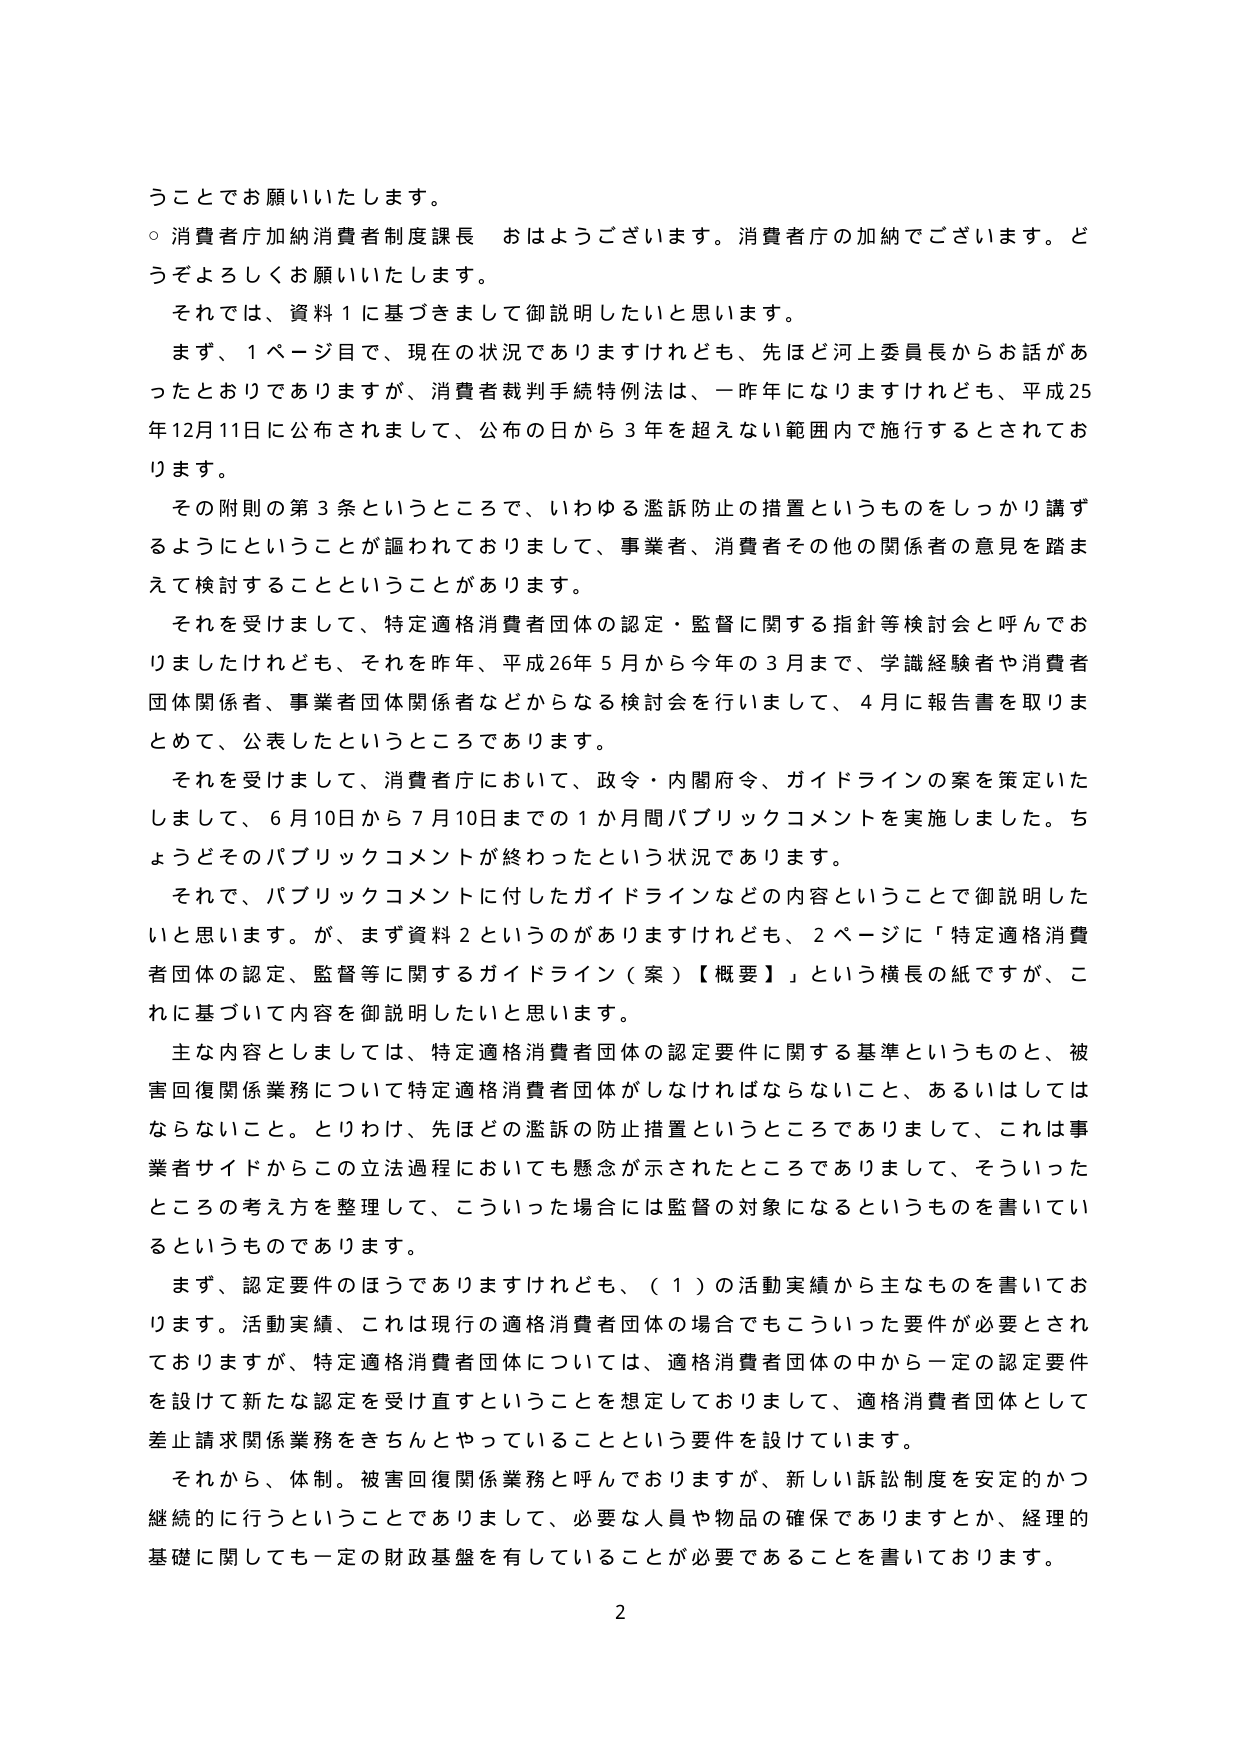
うことでお願いいたします。

○ 消費者庁加納消費者制度課長 おはようございます。消費者庁の加納でございます。どうぞよろしくお願いいたします。

それでは、資料１に基づきまして御説明したいと思います。

まず、１ページ目で、現在の状況でありますけれども、先ほど河上委員長からお話があったとおりでありますが、消費者裁判手続特例法は、一昨年になりますけれども、平成25年12月11日に公布されまして、公布の日から３年を超えない範囲内で施行するとされております。

その附則の第３条というところで、いわゆる濫訴防止の措置というものをしっかり講ずるようにということが謳われておりまして、事業者、消費者その他の関係者の意見を踏まえて検討することということがあります。

それを受けまして、特定適格消費者団体の認定・監督に関する指針等検討会と呼んでおりましたけれども、それを昨年、平成26年５月から今年の３月まで、学識経験者や消費者団体関係者、事業者団体関係者などからなる検討会を行いまして、４月に報告書を取りまとめて、公表したというところであります。

それを受けまして、消費者庁において、政令・内閣府令、ガイドラインの案を策定いたしまして、６月10日から７月10日までの１か月間パブリックコメントを実施しました。ちょうどそのパブリックコメントが終わったという状況であります。

それでは、パブリックコメントに付したガイドラインなどの内容ということで御説明したいと思います。が、まず資料２というのがありますけれども、２ページに「特定適格消費者団体の認定、監督等に関するガイドライン（案）【概要】」という横長の紙ですが、これに基づいて内容を御説明したいと思います。

主な内容としましては、特定適格消費者団体の認定要件に関する基準というもののと、被害回復関係業務について特定適格消費者団体がしなければならないこと、あるいはしてはならないこと。とりわけ、先ほどの濫訴の防止措置というところでありますして、これは事業者サイドからこの立法過程においても懸念が示されたところでありまして、そういったところの考え方を整理して、こういった場合には監督の対象になるというものを書いてい るというものであります。

まず、認定要件のほうでありますけれども、（１）の活動実績から主なものを書いております。活動実績、これは現行の適格消費者団体の場合でもこういった要件が必要とされておりますが、特定適格消費者団体については、適格消費者団体の中から一定の認定要件を設けて新たな認定を受け直すということを想定しておりまして、適格消費者団体として差止請求関係業務をきちんとやっていることという要件を設けています。

それから、体制。被害回復関係業務と呼んでおりますが、新しい訴訟制度を安定的かつ継続的に行うということでありますして、必要な人員や物品の確保でありますとか、経理的基礎に関しても一定の財政基盤を有していることが必要であることを書いております。

2